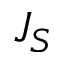
J _ { S }